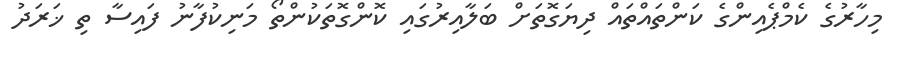
މިހާރުގެ ކެމްޕެއިންގެ ކަންތައްތައް ދިޔަގޮތަށް ބަލާއިރުގައި ކޮންގޮތަކުންތޯ މަނިކުފާނު ފައިސާ ތި ޚަރަދު